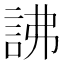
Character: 䛍